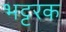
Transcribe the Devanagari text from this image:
भट्टरक